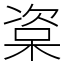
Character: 楶